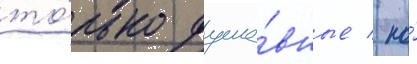
то́лько душе́вные / но́